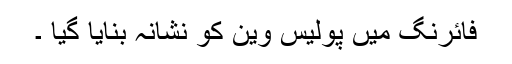
فائرنگ میں پولیس وین کو نشانہ بنایا گیا ۔